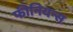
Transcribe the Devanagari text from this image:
फीनियन्स